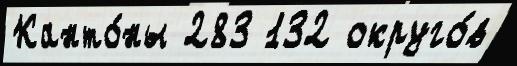
Канто́ны 283 132 округо́в